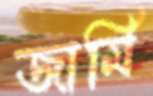
জার্মি